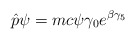
\begin{align*}\hat{p} \psi = m c \psi \gamma_0 e^{\beta \gamma_5}\end{align*}